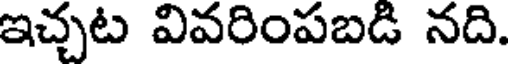
ఇచ్చట వివరింపబడి నది.